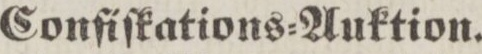
Conſiſkations=Auktion.